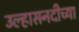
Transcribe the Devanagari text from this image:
उल्हासनदीच्या